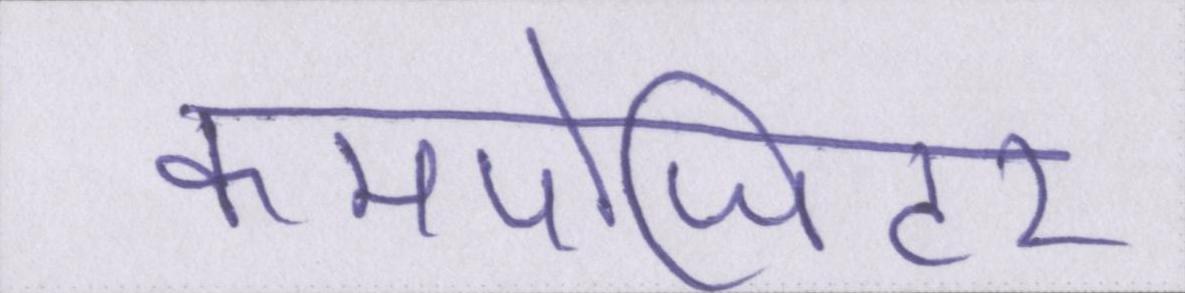
कमपोजिटर